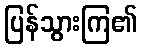
ပြန်သွားကြ၏